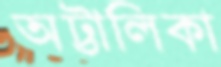
অট্টালিকা